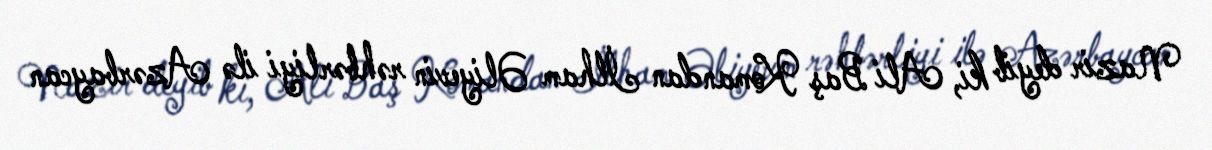
Nazir deyib ki, Ali Baş Komandan İlham Əliyevin rəhbərliyi ilə Azərbaycan